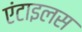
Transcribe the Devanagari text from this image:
एंटाइलस